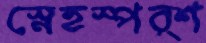
স্নেহস্পর্শ